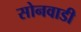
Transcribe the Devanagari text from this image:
सोनवाडी